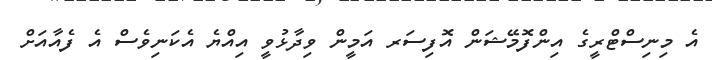
އެ މިނިސްޓްރީގެ އިންފޮމޭޝަން އޮފިސަރ އަމީން ވިދާޅުވީ އިއްޔެ އެކަނިވެސް އެ ފެއާއަށް